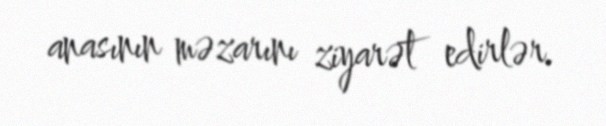
anasının məzarını ziyarət edirlər.